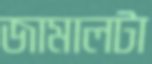
জামালটা